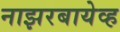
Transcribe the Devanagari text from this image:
नाझरबायेव्ह